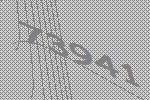
73941